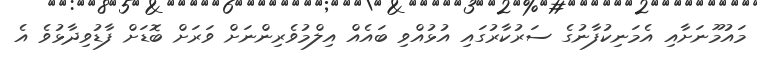
މައުމޫނަށާއި އެމަނިކުފާނުގެ ސަރުކާރުގައި އުޅުއްވި ބައެއް އިލްމުވެރިންނަށް ވަރަށް ބޮޑަށް ފާޑުވިދާޅުވެ އެ